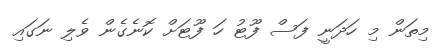
މިތަން މި ހަދަނީ ފަސް ފޫޓު ހަ ފޫޓަށް ކޮނެގެން ވެލި ނަގައި